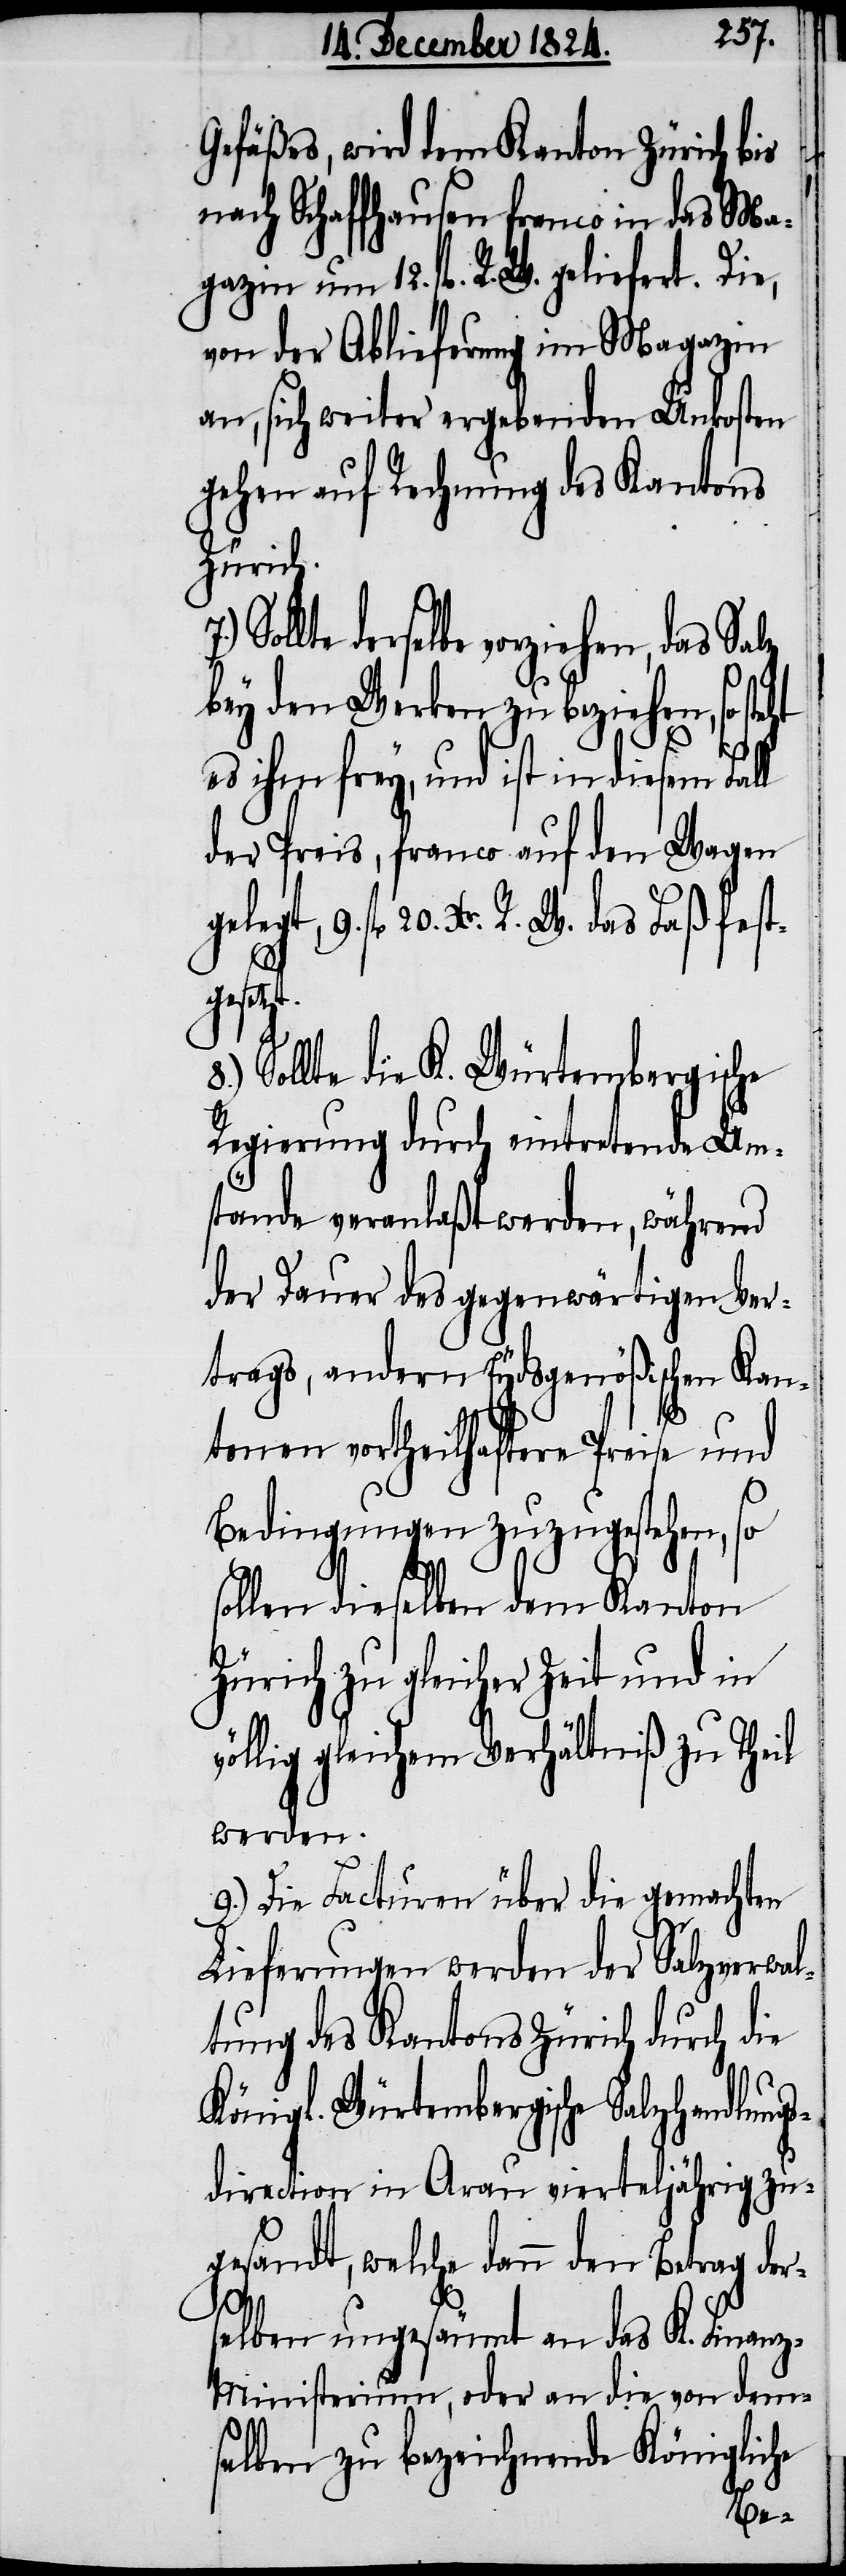
Gefäßes, wird dem Kanton Zürich bis
nach Schaffhausen franco in das Ma¬
gazin um 12. fl. R. W. geliefert. Die,
von der Ablieferung im Magazin
an, sich weiter ergebenden Unkosten
gehen auf Rechnung des Kantons
Zürich.
Sollte derselbe vorziehen, das Salz
bey den Werken zu beziehen, so
9.
es ihm frey, und ist in diesem Fall
der Preis, franco auf den Wagen
fl. 20. Xr. R. W. das Faß fest¬
8.)
gesetzt.
Sollte die K. Würtembergische
Regierung durch eintretende Um¬
stände veranlaßt werden, während
der Dauer des gegenwärtigen Ver¬
trags, andern Eydsgenößischen Kan¬
tonen vortheilhaftere Preise und
Bedingungen zuzugestehen, so
sollen dieselben dem Kanton
Zürich zu gleicher Zeit und in
völlig gleichem Verhältniß zu Theil
werden.
9.) Die Facturen über die gemachten
Lieferungen werden der Salzverwal¬
tung des Kantons Zürich durch die
Königl. Würtembergische Salzhandlung¬
sdirection in Arau vierteljährig zu¬
gesandt, welche dann den Betrag der¬
selben ungesäumt an das K. Finan¬
z-Ministerium, oder an die von dem¬
selben zu bezeichnende Königliche